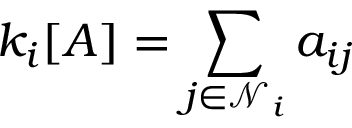
k _ { i } [ A ] = \sum _ { j \in \mathcal { N } _ { i } } a _ { i j }